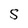
Character: S